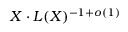
X \cdot L ( X ) ^ { - 1 + o ( 1 ) }